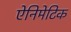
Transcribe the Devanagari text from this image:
ऐनिमेटिक